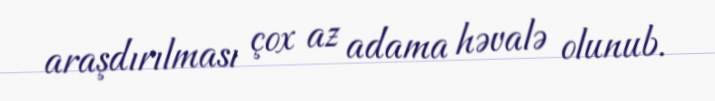
araşdırılması çox az adama həvalə olunub.